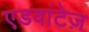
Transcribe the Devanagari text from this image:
एडवांटेज़